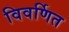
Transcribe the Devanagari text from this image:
विवर्णित